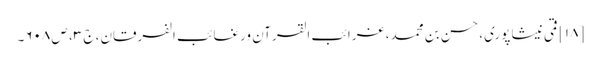
[۱۸] قمی نیشاپوری، حسن بن محمد، غرائب القرآن ورغائب الفرقان، ج ۳، ص ۶۰۸۔